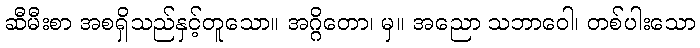
ဆီမီးစာ အစရှိသည်နှင့်တူသော။ အဂ္ဂိတော၊ မှ။ အညော သဘာဝေါ၊ တစ်ပါးသော